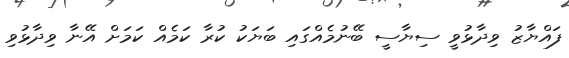
ފައްޔާޒު ވިދާޅުވީ ސިޔާސީ ބޭނުމެއްގައި ބަޔަކު ކުރާ ކަމެއް ކަމަށް އޭނާ ވިދާޅުވި